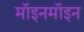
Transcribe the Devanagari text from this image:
मॉइनमॉइन